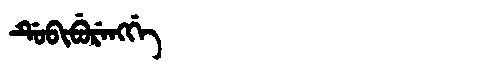
Manchu: ᡩᡠᠪᡳᠪᡠᡵᡝᠩᡤᡝ
Romanization: DUBIBURENGGE